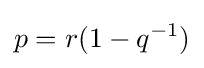
p=r(1-q^{-1})